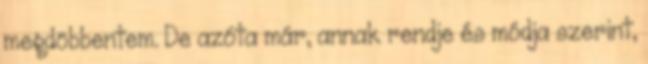
megdöbbentem. De azóta már, annak rendje és módja szerint,